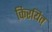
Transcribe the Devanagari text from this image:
किरयित्